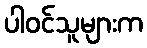
ပါဝင်သူများက